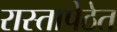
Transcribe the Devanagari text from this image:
रास्तापेठेत